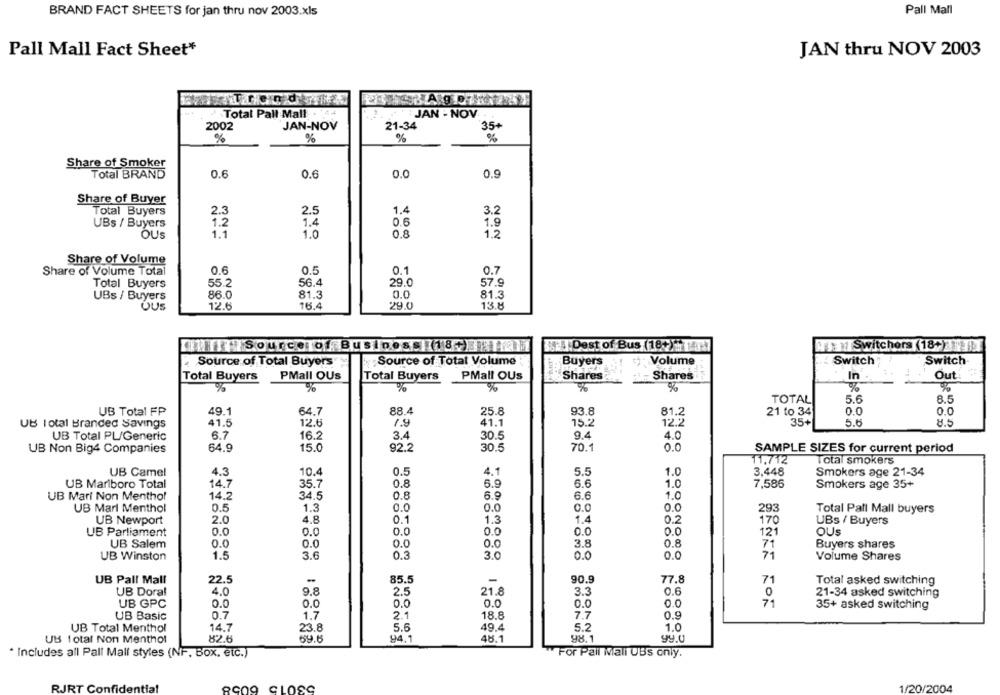
BRAND FACT SHEETS for jan thru nov 2003.xls
Pall Mall
Pall Mall Fact Sheet*
JAN thru NOV 2003
Total Pall Mall . 44
JAN - NOV
JAN-NOV
2002
21-34
35+
%
%
%
%
Share of Smoker
Total BRAND
0.6
0.6
0.0
0.9
Share of Buyer
Total Buyers
2.3
2.5
1.4
3.2
UBs / Buyers
1.2
1.4
0.6
1.9
OUS
1.1
1.0
0.8
1.2
Share of Volume
0.6
0.5
0.1
0.7
Share of Volume Total
Total Buyers
55.2
56.4
29.0
57.9
UBs / Buyers
86.0
81.3
0.0
81.3
12.6
16.4
29.0
13.8
OUS
Source of Business (18+)
yDest of Bus (18+)h 147
HT: Switchors (18+) .
Source of Total Buyers
Source of Total Volume
Buyers
Volume
Switch
Switch
PMall OUs
PMall OUs
Shares
In
Out
Total Buyers
Total Buyers
Shares
%
%
%
%
%
%
%
TOTAL
5.6
8.5
88.4
25.8
UB Total FP
49.1
64.7
93.8
81.2
21 to 34
0.0
0.0
UB Total Branded Savings
41.5
12.6
1.9
41.1
15.2
12.2
35+
5.6
8.5
UB Total PL/Generic
6.7
16.2
3.4
30.5
9.4
4.0
UB Non Big4 Companies
64.9
15.0
92.2
30.5
70.1
0.0
SAMPLE SIZES for current period
11.712
Total smokers
UB Camel
4.3
10.4
0.5
4.1
5.5
1.0
3,448
Smokers age 21-34
UB Marlboro Total
14.7
35.7
0.8
5.9
6.6
1.0
7,586
Smokers age 35+
UB Mari Non Menthol
14.2
34.5
0.8
6.9
6.6
1.0
UB Mari Menthol
0.5
1.3
0.0
0.0
O.C
0.0
293
Total Pall Mall buyers
UB Newport
2.0
4.8
0.1
1.3
1.4
0.2
170
UBs / Buyers
UB Parliament
0.0
0.0
0.0
0.0
0.0
0.0
121
OUs
3.8
UB Salem
0.0
O.0
0.0
0.0
0.8
71
Buyers shares
UB Winston
1.5
3.6
0.3
3.0
0.0
0.0
71
Volume Shares
UB Pall Mall
22.5
85.5
90.9
77.8
71
Total asked switching
4.0
9.8
2.5
21.8
3.3
0.6
UB Doral
0
21-34 asked switching
UB GPC
0.0
0.0
0.0
0.0
0.0
0.0
71
35+ asked switching
UB Basic
0.7
1.7
2.1
18.8
7.7
0.9
14.7
UB Total Menthol
23.8
5.6
49.4
5.2
1.0
UB total Non Menthol
82.6
69.6
94.1
48.1
98.1
99.0
For Pall Mall UBs only.
* Includes all Pall Mall styles (NF, Box, etc.)
53015
RJRT Confid
1/20/2004
8009